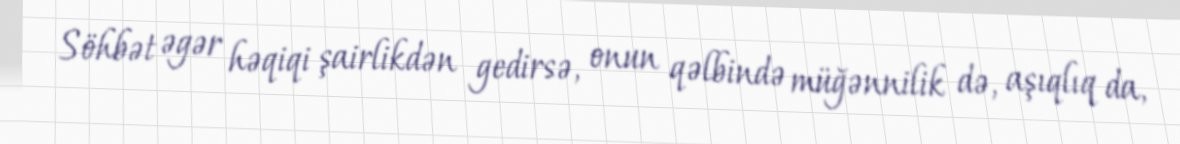
Söhbət əgər həqiqi şairlikdən gedirsə, onun qəlbində müğənnilik də, aşıqlıq da,